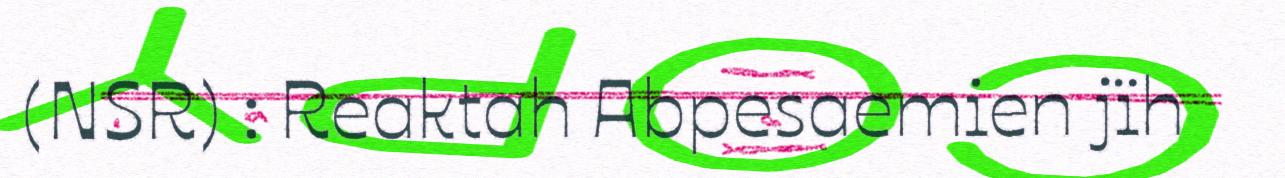
(NSR) : Reaktah Abpesaemien jïh